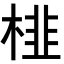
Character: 𭪾